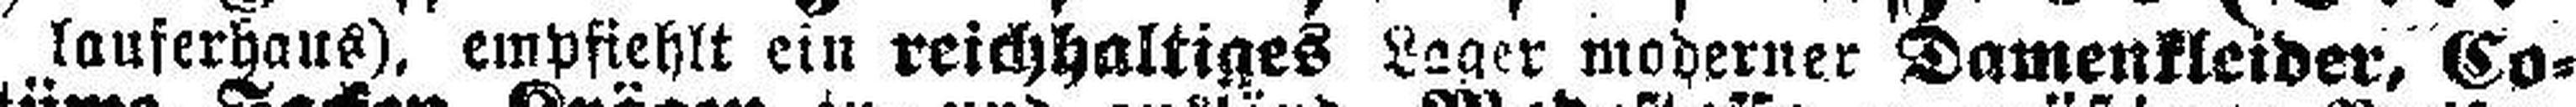
lauferhaus), empfiehlt ein reichhaltiges Lager moderner Damenkleider, Co¬